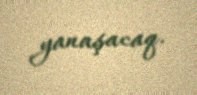
yanaşacaq.